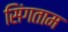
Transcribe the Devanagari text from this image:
सिंगताम